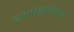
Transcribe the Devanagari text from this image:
थेलेसिमिया